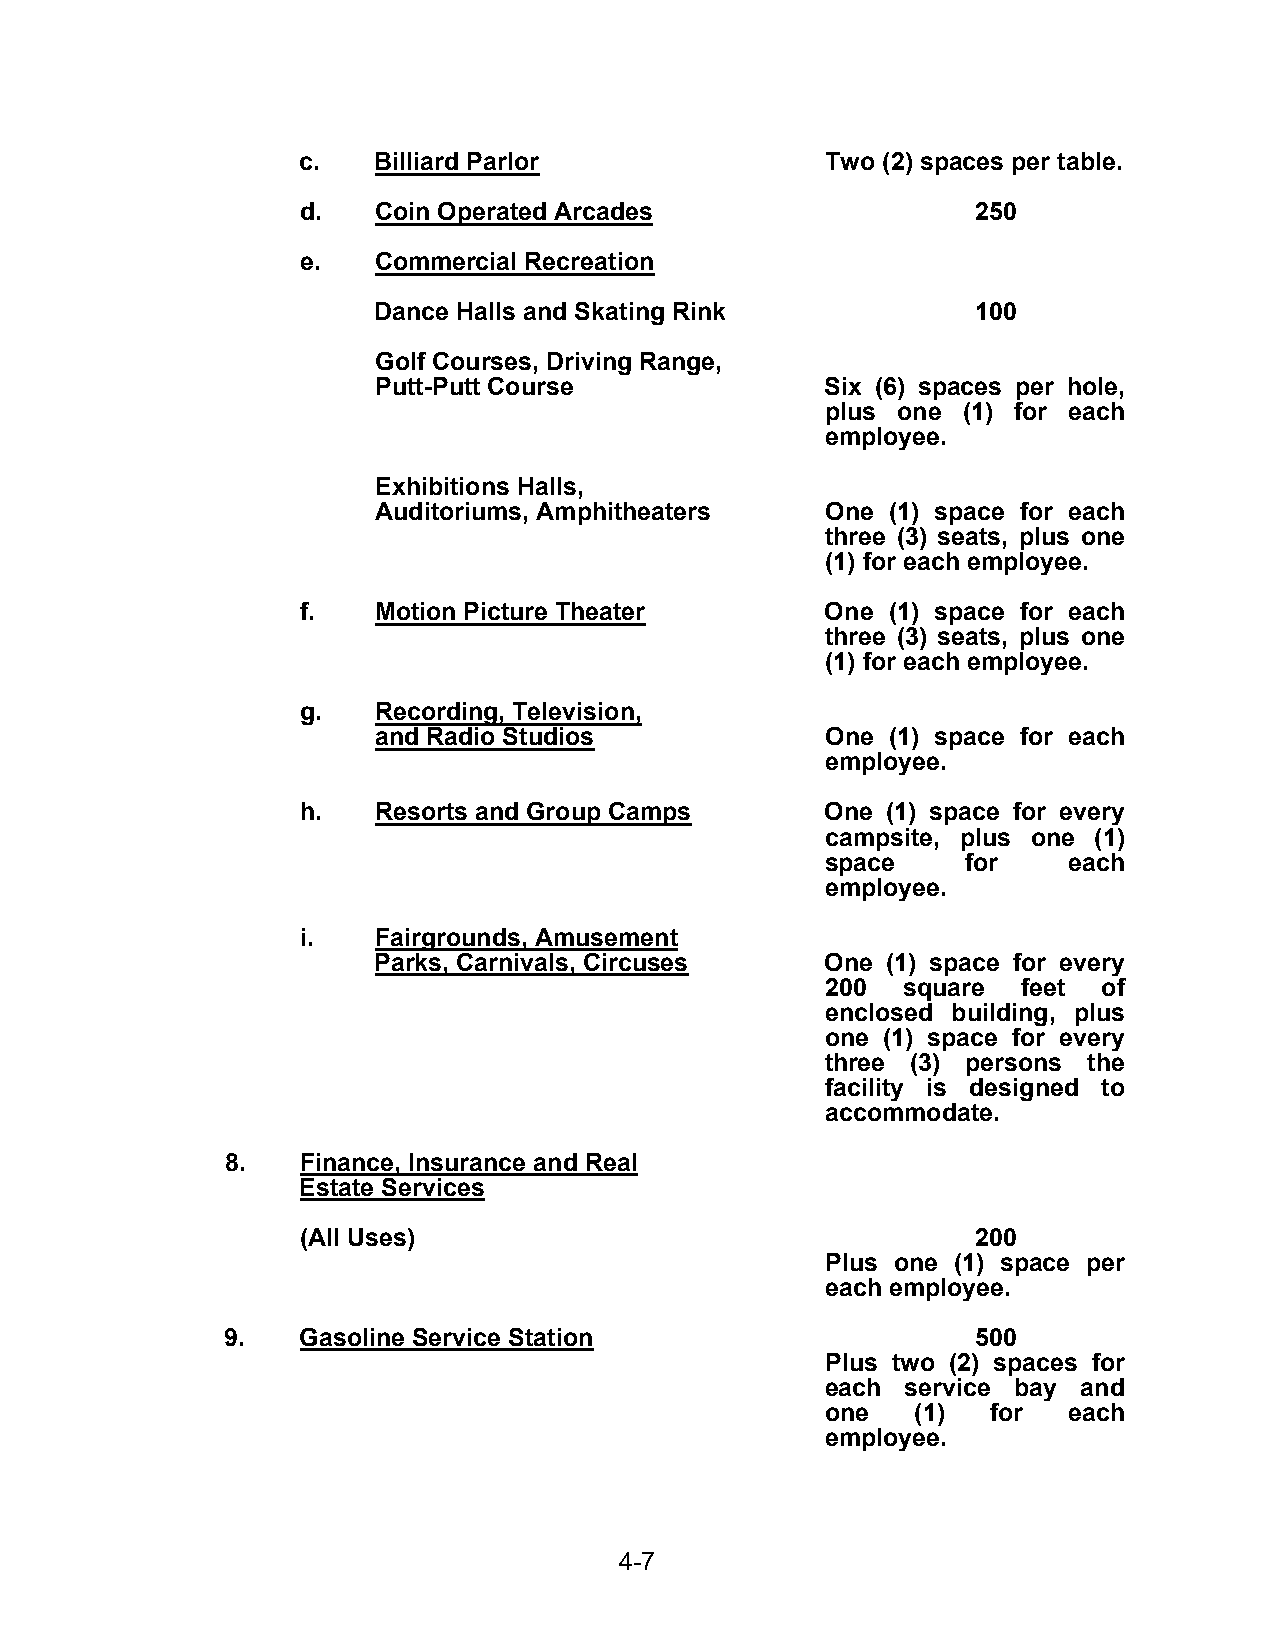
c.   Billiard Parlor               Two (2) spaces per table.
 d.   Coin Operated Arcades                   250
 e.   Commercial Recreation
 Dance Halls and Skating Rink            100
 Golf Courses, Driving Range,
 Putt-Putt Course              Six (6) spaces per hole,
 plus one (1) for each
 employee.
 Exhibitions Halls,
 Auditoriums, Amphitheaters    One (1) space for each
 three (3) seats, plus one
 (1) for each employee.
 f.   Motion Picture Theater        One (1) space for each
 three (3) seats, plus one
 (1) for each employee.
 g.   Recording, Television,
 and Radio Studios             One (1) space for each
 employee.
 h.   Resorts and Group Camps       One (1) space for every
 campsite, plus one (1)
 space    for    each
 employee.
 i.   Fairgrounds, Amusement
 Parks, Carnivals, Circuses    One (1) space for every
 200  square  feet of
 enclosed building, plus
 one (1) space for every
 three (3) persons the
 facility is designed to
 accommodate.
 8.   Finance, Insurance and Real
 Estate Services
 (All Uses)                                   200
 Plus one (1) space per
 each employee.
 9.   Gasoline Service Station                     500
 Plus two (2) spaces for
 each service bay and
 one   (1)  for  each
 employee.
 4-7